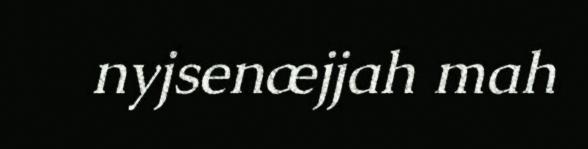
nyjsenæjjah mah